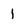
Character: 1